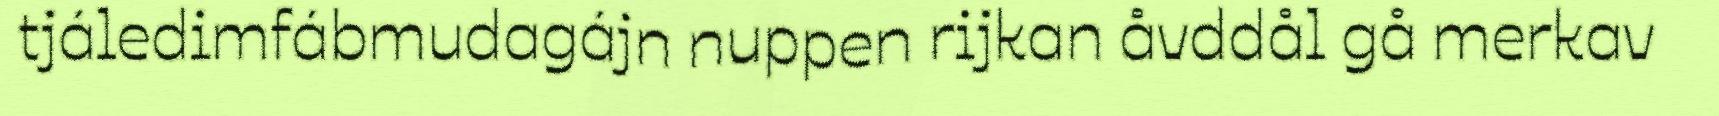
tjáledimfábmudagájn nuppen rijkan åvddål gå merkav